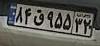
۸۴ق۹۵۵۳۲